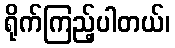
ရိုက်ကြည့်ပါတယ်၊